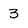
Character: 3